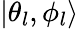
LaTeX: |\theta_{l},\phi_{l}\rangle